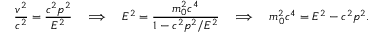
{ \frac { v ^ { 2 } } { c ^ { 2 } } } = { \frac { c ^ { 2 } p ^ { 2 } } { E ^ { 2 } } } \quad \Longrightarrow \quad E ^ { 2 } = { \frac { m _ { 0 } ^ { 2 } c ^ { 4 } } { 1 - c ^ { 2 } p ^ { 2 } / E ^ { 2 } } } \quad \Longrightarrow \quad m _ { 0 } ^ { 2 } c ^ { 4 } = E ^ { 2 } - c ^ { 2 } p ^ { 2 } .